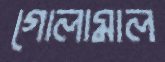
গোলামাল